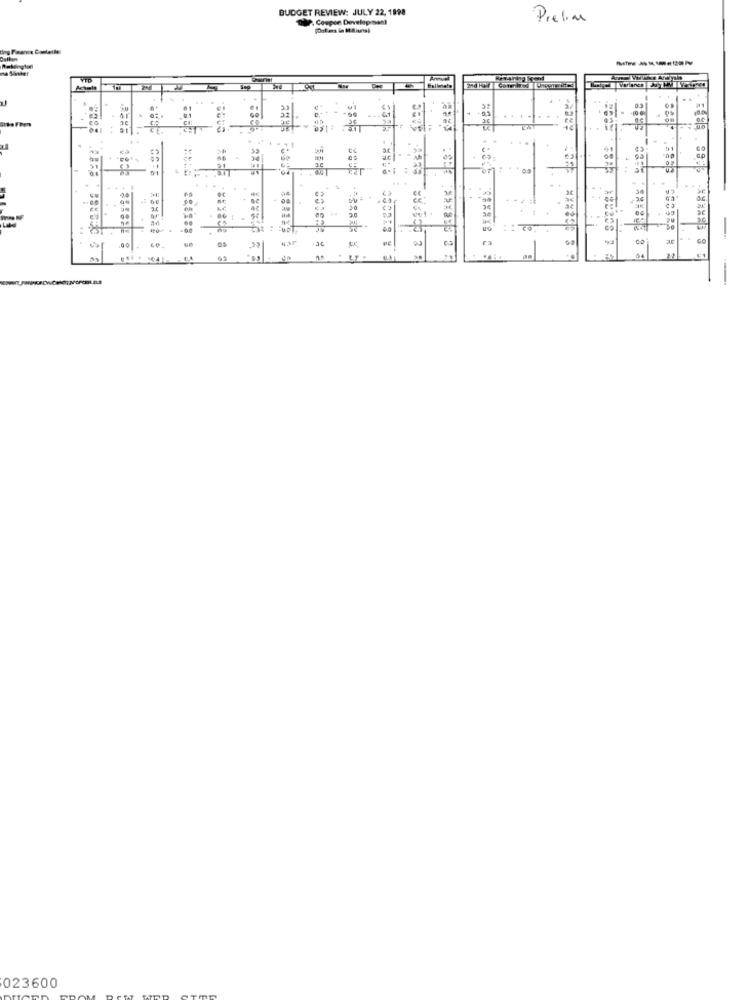
BUDGET REVIEW: JULY 22, 1998
7. Coupee Development
Prelim
Achole
GO
Gp
...
1
..
-
023600